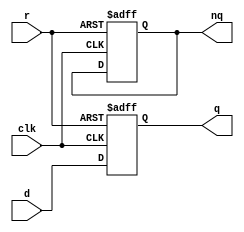
module dcrtt(clk, d, r, q, nq);
    input       clk, d, r;
    output reg  q, nq;

    always@(posedge clk, posedge r)
        if(r == 1'b1) begin
            q <= 1'b1;
            nq <= 1'b0;
        end
        else begin
            q <= d;
            n1 <= ~d;
        end
endmodule